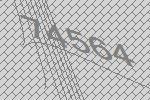
74564